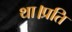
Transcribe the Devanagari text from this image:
था।प्रति